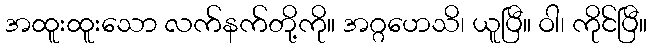
အထူးထူးသော လက်နက်တို့ကို။ အဂ္ဂဟေသိ၊ ယူပြီ။ ဝါ၊ ကိုင်ပြီ။